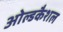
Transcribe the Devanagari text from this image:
ओल्डकैशल